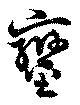
鑾